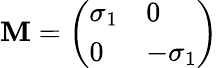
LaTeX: \mathbf{M}=\left(\begin{array}{ll}{{\sigma_{1}}}&{{0}}\\ {{0}}&{{-\sigma_{1}}}\end{array}\right)